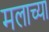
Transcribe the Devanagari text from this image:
मलाच्या